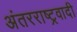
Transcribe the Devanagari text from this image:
अंतरराष्ट्रवादी